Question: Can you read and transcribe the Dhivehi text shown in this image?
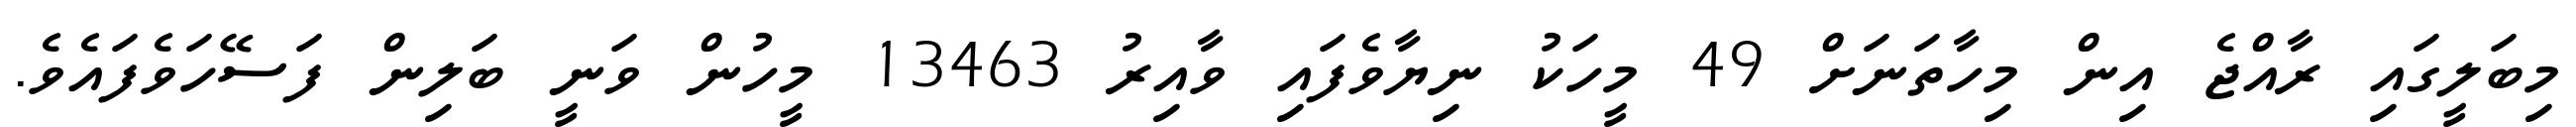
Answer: މިބަލީގައި ރާއްޖެ އިން މިހާތަނަށް 49 މީހަކު ނިޔާވެފައި ވާއިރު 13463 މީހުން ވަނީ ބަލިން ފަސޭހަވެފައެވެ.